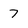
Character: 7